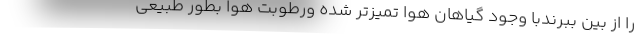
را از بین ببرندبا وجود گیاهان هوا تمیزتر شده ورطوبت هوا بطور طبیعی